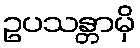
ဥပသန္တာမှိ